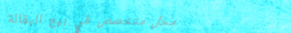
محل متخصص في بيع البقالة